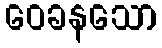
ဝေခနသော